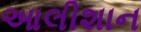
આલીશાન